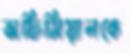
অফিসিয়ালকে